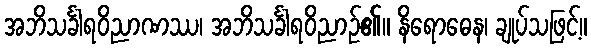
အဘိသင်္ခါရဝိညာဏဿ၊ အဘိသင်္ခါရဝိညာဉ်၏။ နိရောဓေန၊ ချုပ်သဖြင့်။